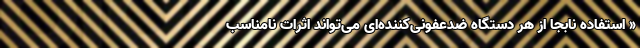
« استفاده نابجا از هر دستگاه ضدعفونی‌کننده‌ای می‌تواند اثرات نامناسب